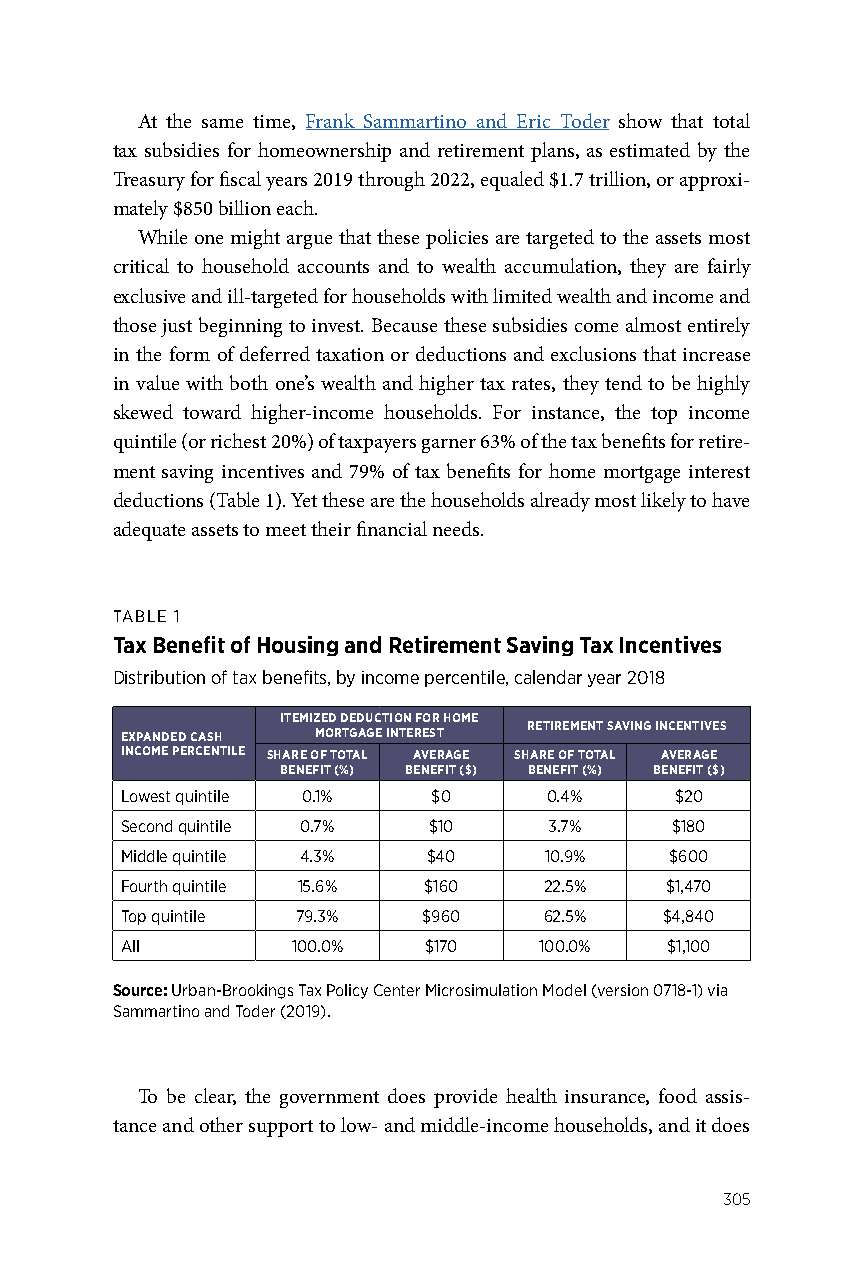
At the same time, Frank Sammartino and Eric Toder show that total
 tax subsidies for homeownership and retirement plans, as estimated by the
 Treasury for fiscal years 2019 through 2022, equaled $1.7 trillion, or approxi-
 mately $850 billion each.
 While one might argue that these policies are targeted to the assets most
 critical to household accounts and to wealth accumulation, they are fairly
 exclusive and ill-targeted for households with limited wealth and income and
 those just beginning to invest. Because these subsidies come almost entirely
 in the form of deferred taxation or deductions and exclusions that increase
 in value with both one’s wealth and higher tax rates, they tend to be highly
 skewed toward higher-income households. For instance, the top income
 quintile (or richest 20%) of taxpayers garner 63% of the tax benefits for retire-
 ment saving incentives and 79% of tax benefits for home mortgage interest
 deductions (Table 1). Yet these are the households already most likely to have
 adequate assets to meet their financial needs.
 TABLE 1
 Tax Benefit of Housing and Retirement Saving Tax Incentives
 Distribution of tax benefits, by income percentile, calendar year 2018
 ITEMIZED DEDUCTION FOR HOME
 RETIREMENT SAVING INCENTIVES
 EXPANDED CASH MORTGAGE INTEREST
 INCOME PERCENTILE SHARE OF TOTAL AVERAGE SHARE OF TOTAL AVERAGE
 BENEFIT (%) BENEFIT ($) BENEFIT (%) BENEFIT ($)
 Lowest quintile 0.1% $0     0.4%     $20
 Second quintile 0.7% $10    3.7%    $180
 Middle quintile 4.3% $40    10.9%   $600
 Fourth quintile 15.6% $160  22.5%   $1,470
 Top quintile 79.3%  $960    62.5%   $4,840
 All        100.0%   $170    100.0%  $1,100
 Source: Urban-Brookings Tax Policy Center Microsimulation Model (version 0718-1) via
 Sammartino and Toder (2019).
 To be clear, the government does provide health insurance, food assis-
 tance and other support to low- and middle-income households, and it does
 305